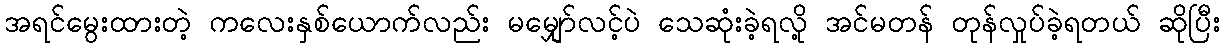
အရင်မွေးထားတဲ့ ကလေးနှစ်ယောက်လည်း မမျှော်လင့်ပဲ သေဆုံးခဲ့ရလို့ အင်မတန် တုန်လှုပ်ခဲ့ရတယ် ဆိုပြီး